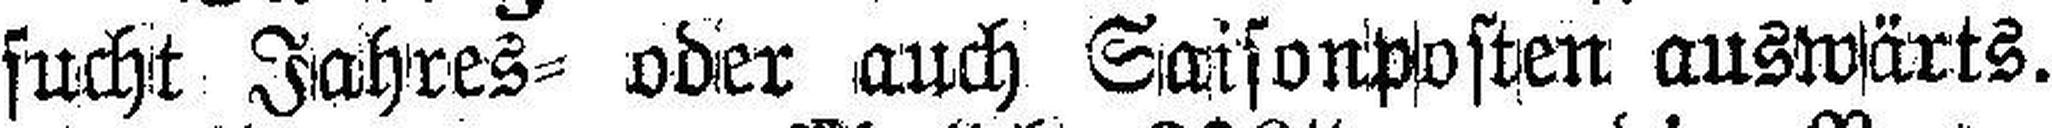
sucht Jahres= oder auch Saisonposten auswärts.